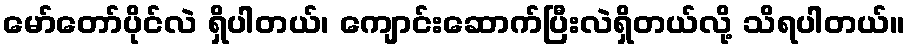
မော်တော်ပိုင်လဲ ရှိပါတယ်၊ ကျောင်းဆောက်ပြီးလဲရှိတယ်လို့ သိရပါတယ်။